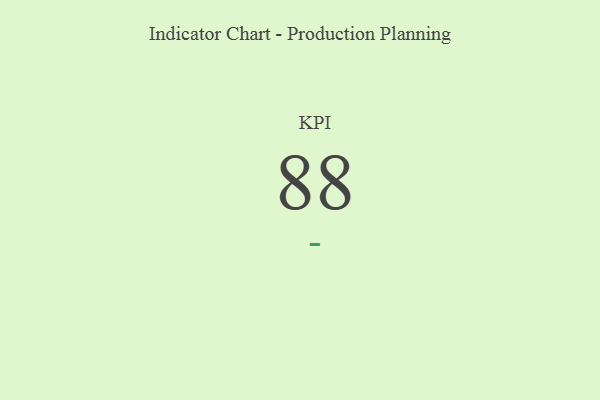
{"axis": {"x": "KPI", "y": "Value"}, "legend": [""], "data": [{"x": "KPI", "y": 88, "type": ""}]}